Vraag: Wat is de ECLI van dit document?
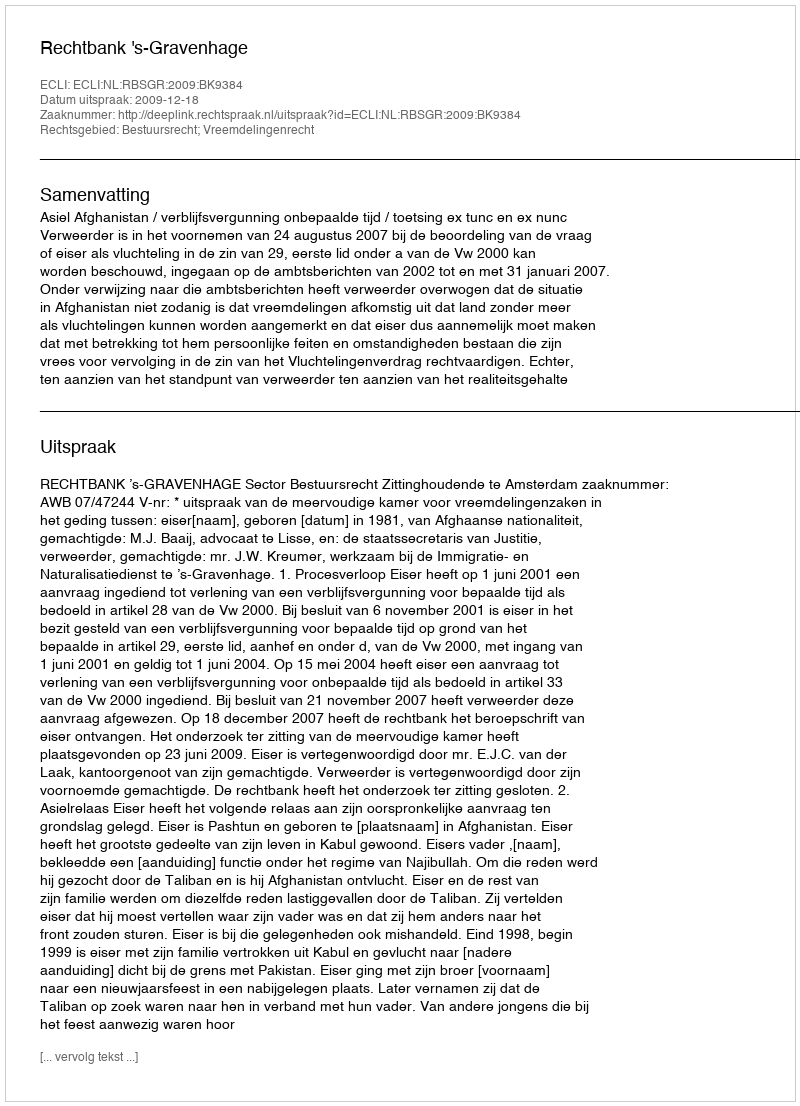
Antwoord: ECLI:NL:RBSGR:2009:BK9384